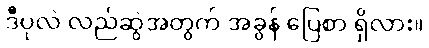
ဒီပုလဲ လည်ဆွဲအတွက် အခွန် ပြေစာ ရှိလား။